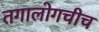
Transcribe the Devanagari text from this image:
तगालोगचीच